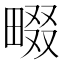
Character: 畷